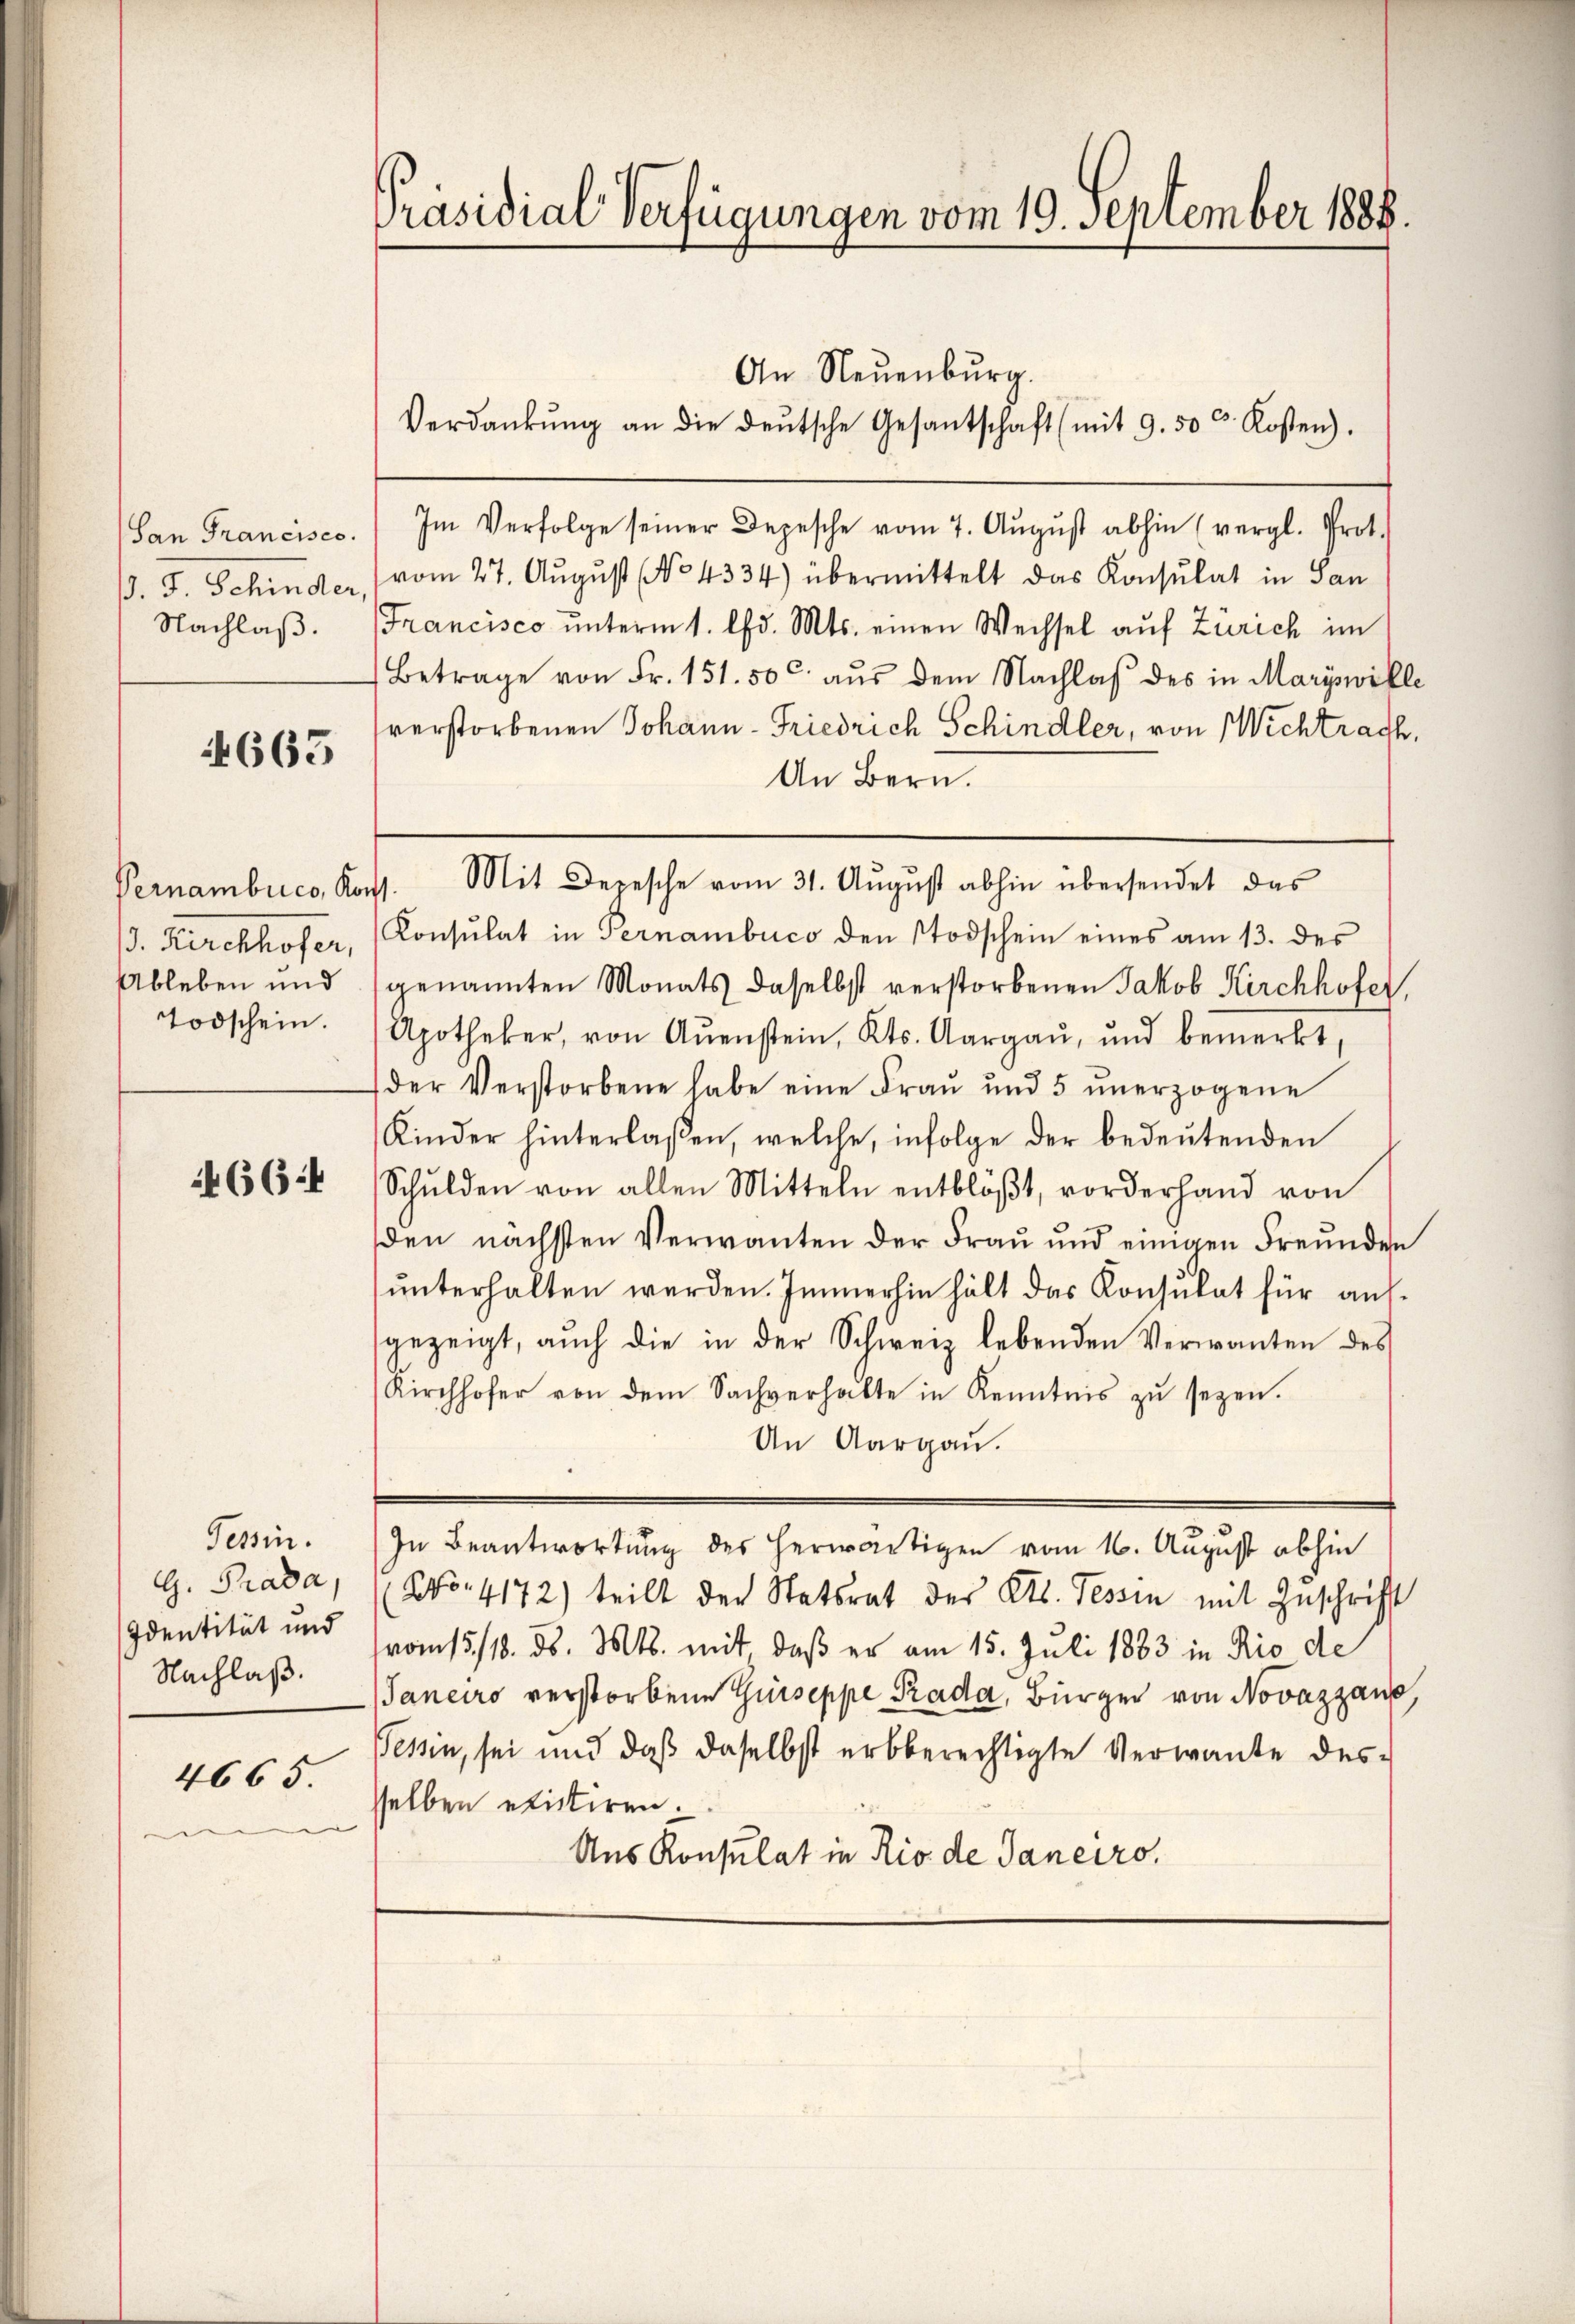
(San Francisco
. J. Schinder,
Nachlaß.

4663

Pernambico, Korff.
Ableben und
Todschein.

66:

Tessin.
G. Prada,
Identität und
Nachlaß.
4665.

Präsidial-Verfügungen vom 19. September 1888.

An Neuenburg.
Verdankŭng an die deŭtsche Gesantschaft (mit 9. 50 r. Kosten).
Im Verfolge seiner Depesche vom 7. Aŭgŭst abhin (vergl. Prot.
vom 27. August No 4334) übermittelt das Konsulat in San
Francisco unterm 1. d. Mts. einen Wechsel auf Zürich im
Betrage von Fr. 151. 50c aus dem Nachlaβ des in Mariswille
verstorbenen Johann-Friedrich Schindler, von Wichtrach,
An Bern.
J. Kirchhofer, Konsulat in Fernambuco den Stodschein eines am 13. des
genannten Monats daselbst verstorbenen Jakob Kirchhofer,
Apotheker, von Aŭenstein, Kts. Aargaŭ, und bemerkt
der Verstorbene habe eine Fraŭ ŭnd 5 ŭnerzogene
(Kinder hinterlaßen, welche, infolge der bedeŭtenden
Schŭlden von allen Mitteln entblöβt, vorderhand von
den nächsten Verwanten der Frau und einigen Freunden
ŭnterhalten werden. Immerhin hält das Konsulat für ausgezeigt, auch die in der Schweiz lebenden Verwanten des
Kirchhofer von dem Sachverhalte in Kenntnis zŭ sezen.
An Aargau.
In Beantwortung des herwärtigen vom 16. August abhin
No. 4172) teilt der Statsrat des Cts. Tessin mit Zuschrift
vom 15./18. ds. Mts. mit daß er am 15. Juli 1883 in Rio de
Janeiro verstorbene Guseppe Rada, Bürger von Novazzane,
Tessin, sei und daß daselbst erbberechtigte Verwandte des-
sselben etciren.
Aus Konsulat in Rio de Janeiro.

Mit Depesche vom 31. August abhin übersendet das